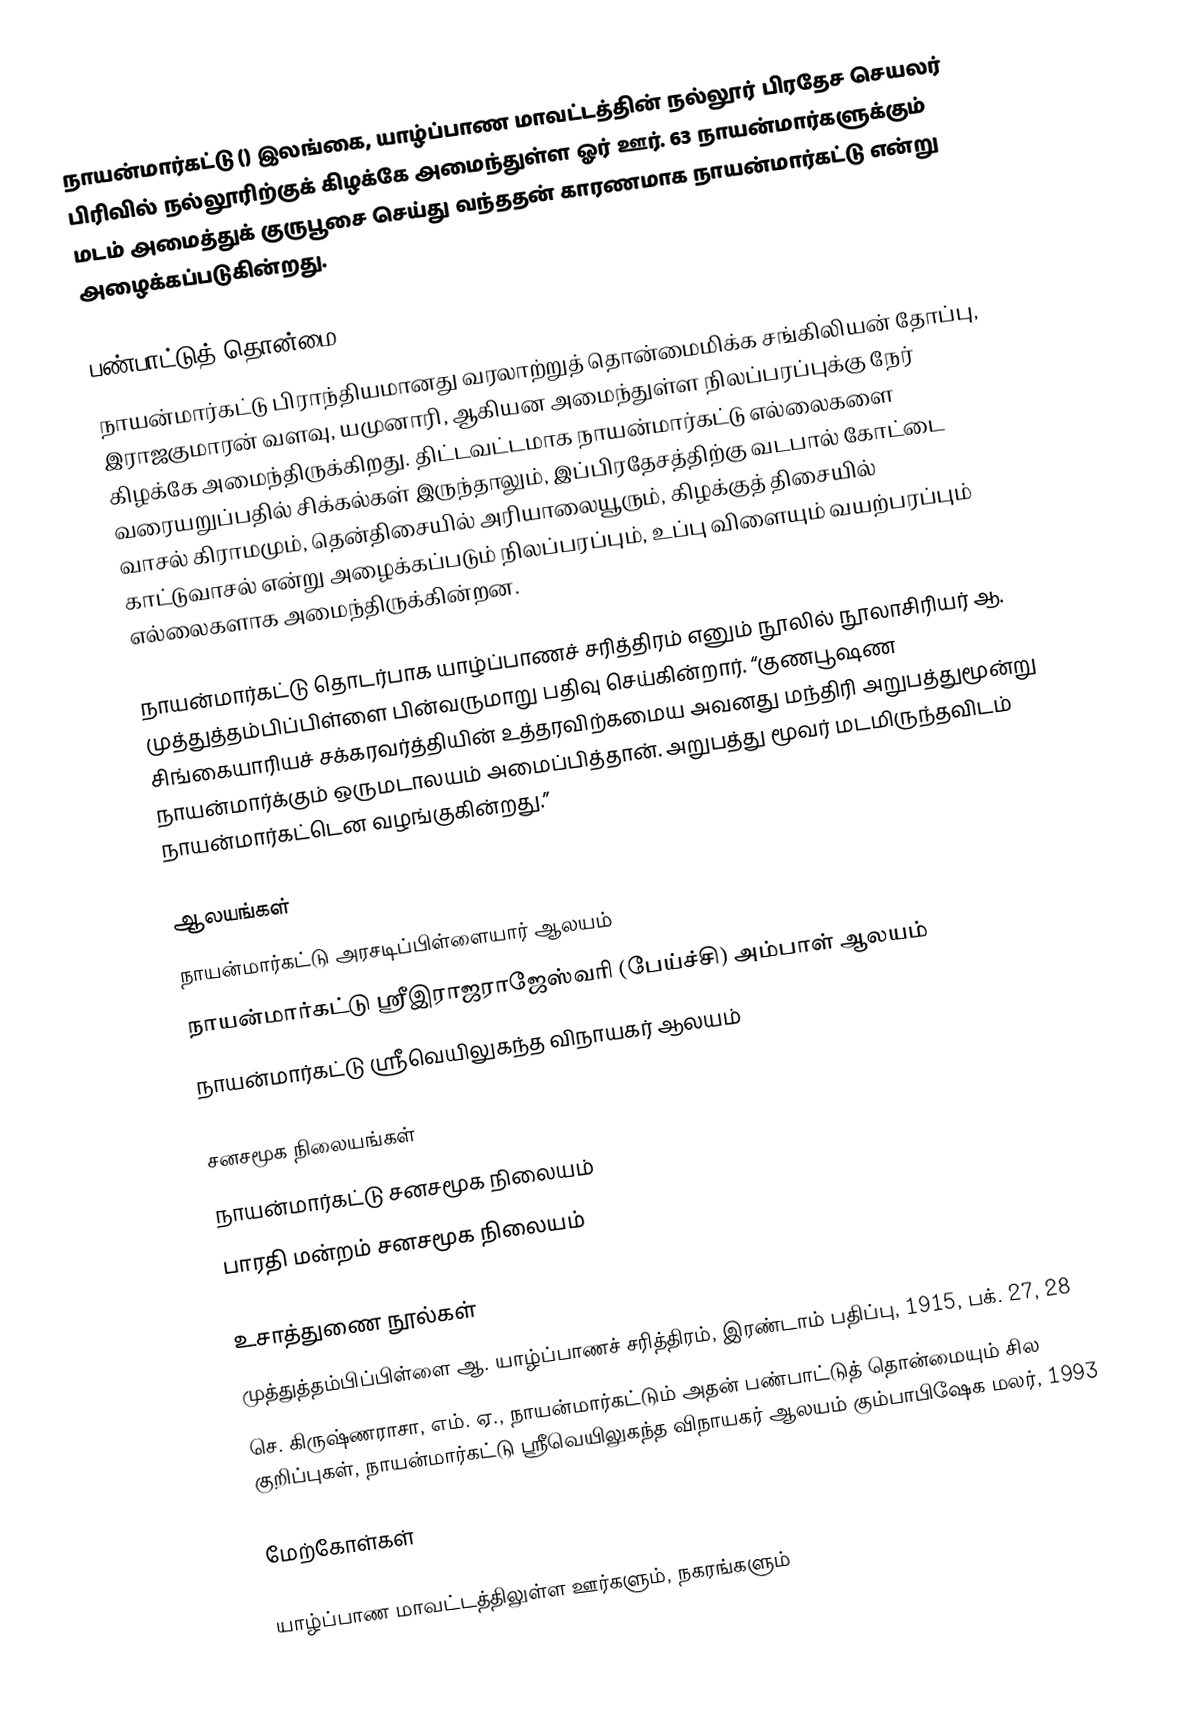
நாயன்மார்கட்டு () இலங்கை, யாழ்ப்பாண மாவட்டத்தின் நல்லூர் பிரதேச செயலர் பிரிவில் நல்லூரிற்குக் கிழக்கே அமைந்துள்ள ஓர் ஊர். 63 நாயன்மார்களுக்கும் மடம் அமைத்துக் குருபூசை செய்து வந்ததன் காரணமாக நாயன்மார்கட்டு என்று அழைக்கப்படுகின்றது.

பண்பாட்டுத் தொன்மை
நாயன்மார்கட்டு பிராந்தியமானது வரலாற்றுத் தொன்மைமிக்க சங்கிலியன் தோப்பு, இராஜகுமாரன் வளவு, யமுனாரி, ஆகியன அமைந்துள்ள நிலப்பரப்புக்கு நேர் கிழக்கே அமைந்திருக்கிறது. திட்டவட்டமாக நாயன்மார்கட்டு எல்லைகளை வரையறுப்பதில் சிக்கல்கள் இருந்தாலும், இப்பிரதேசத்திற்கு வடபால் கோட்டை வாசல் கிராமமும், தென்திசையில் அரியாலையூரும், கிழக்குத் திசையில் காட்டுவாசல் என்று அழைக்கப்படும் நிலப்பரப்பும், உப்பு விளையும் வயற்பரப்பும் எல்லைகளாக அமைந்திருக்கின்றன.

நாயன்மார்கட்டு தொடர்பாக யாழ்ப்பாணச் சரித்திரம் எனும் நூலில் நூலாசிரியர் ஆ. முத்துத்தம்பிப்பிள்ளை பின்வருமாறு பதிவு செய்கின்றார். “குணபூஷண சிங்கையாரியச் சக்கரவர்த்தியின் உத்தரவிற்கமைய அவனது மந்திரி அறுபத்துமூன்று நாயன்மார்க்கும் ஒருமடாலயம் அமைப்பித்தான். அறுபத்து மூவர் மடமிருந்தவிடம் நாயன்மார்கட்டென வழங்குகின்றது.”

ஆலயங்கள்
 நாயன்மார்கட்டு அரசடிப்பிள்ளையார் ஆலயம்
 நாயன்மார்கட்டு ஸ்ரீஇராஜராஜேஸ்வரி (பேய்ச்சி) அம்பாள் ஆலயம்
 நாயன்மார்கட்டு ஸ்ரீவெயிலுகந்த விநாயகர் ஆலயம்

சனசமூக நிலையங்கள்
 நாயன்மார்கட்டு சனசமூக நிலையம்
 பாரதி மன்றம் சனசமூக நிலையம்

உசாத்துணை நூல்கள்
 முத்துத்தம்பிப்பிள்ளை ஆ. யாழ்ப்பாணச் சரித்திரம், இரண்டாம் பதிப்பு, 1915, பக். 27, 28
 செ. கிருஷ்ணராசா, எம். ஏ., நாயன்மார்கட்டும் அதன் பண்பாட்டுத் தொன்மையும் சில குறிப்புகள், நாயன்மார்கட்டு ஸ்ரீவெயிலுகந்த விநாயகர் ஆலயம்  கும்பாபிஷேக மலர், 1993

மேற்கோள்கள்

யாழ்ப்பாண மாவட்டத்திலுள்ள ஊர்களும், நகரங்களும்